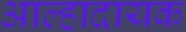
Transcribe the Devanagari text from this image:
आल्हादायक